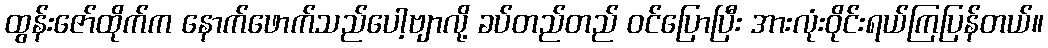
ထွန်းဇော်ထိုက်က နောက်ဖောက်သည်ပေါ့ဗျာလို့ ခပ်တည်တည် ဝင်ပြောပြီး အားလုံးဝိုင်းရယ်ကြပြန်တယ်။